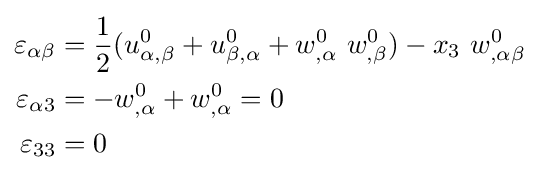
{\begin{aligned}\varepsilon _{\alpha \beta }&={\frac {1}{2}}(u_{\alpha ,\beta }^{0}+u_{\beta ,\alpha }^{0}+w_{,\alpha }^{0}~w_{,\beta }^{0})-x_{3}~w_{,\alpha \beta }^{0}\\\varepsilon _{\alpha 3}&=-w_{,\alpha }^{0}+w_{,\alpha }^{0}=0\\\varepsilon _{33}&=0\end{aligned}}